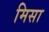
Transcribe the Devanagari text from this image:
मिसा